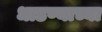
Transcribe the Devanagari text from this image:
धाडण्याच्या